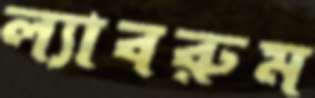
ল্যাবরুম